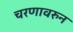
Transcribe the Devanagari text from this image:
चरणावरुन